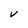
Character: V